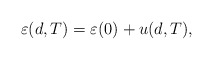
\begin{align*}\varepsilon(d,T) = \varepsilon(0) + u(d,T),\end{align*}